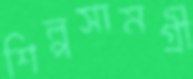
শিল্পসামগ্রী